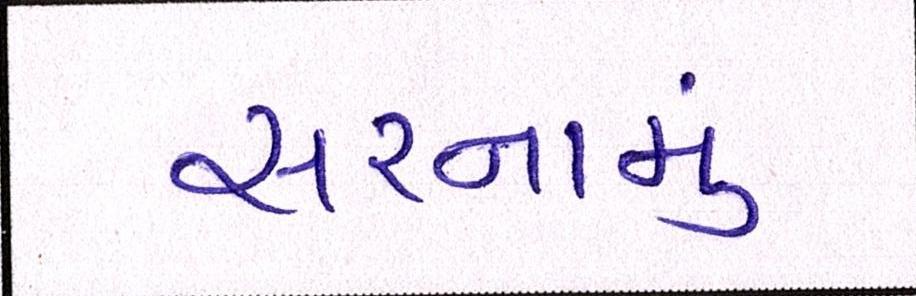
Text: સરનામું